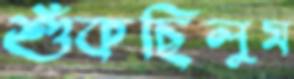
শুঁকছিলুম